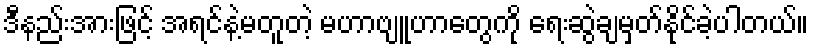
ဒီနည်းအားဖြင့် အရင်နဲ့မတူတဲ့ မဟာဗျူဟာတွေကို ရေးဆွဲချမှတ်နိုင်ခဲ့ပါတယ်။